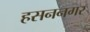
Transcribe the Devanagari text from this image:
हसननगर